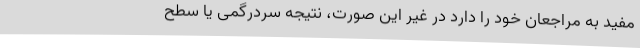
مفید به مراجعان خود را دارد در غیر این صورت، نتیجه سردرگمی یا سطح